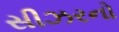
સીઝરનો